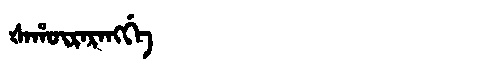
Manchu: ᡧᠠᡥᡡᡵᠠᡵᠠᠩᡤᡝ
Romanization: ŠAHŪRARANGGE